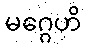
မဂ္ဂေဟိ